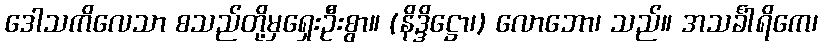
ဒေါသကိလေသာ စသည်တို့မှရှေးဦးစွာ။ (နိဒ္ဒိဋ္ဌော၊) လောဘော၊ သည်။ အသင်္ခါရိကေ၊